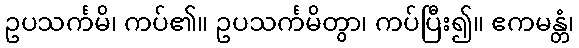
ဥပသင်္ကမိ၊ ကပ်၏။ ဥပသင်္ကမိတွာ၊ ကပ်ပြီး၍။ ဧကမန္တံ၊